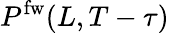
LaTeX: P^{\mathrm{fw}}(L,T-\tau)